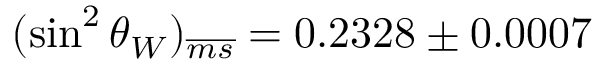
( \sin ^ { 2 } \theta _ { W } ) _ { \overline { { { m s } } } } = 0 . 2 3 2 8 \pm 0 . 0 0 0 7